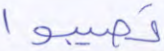
تصيبوا